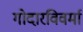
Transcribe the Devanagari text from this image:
गोदारविवर्मा